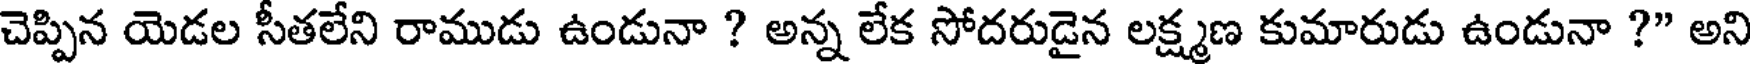
చెప్పిన యెడల సీతలేని రాముడు ఉండునా ? అన్న లేక సోదరుడైన లక్ష్మణ కుమారుడు ఉండునా ?" అని